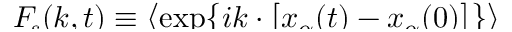
\smash { \ensuremath { F _ { \! s } } ( k , t ) \equiv \smash { \bigl \langle \exp \bigl \{ i \v { k } \cdot \bigl [ \v { x } _ { \alpha } ( t ) - \v { x } _ { \alpha } ( 0 ) \bigr ] \bigr \} \bigr \rangle } }